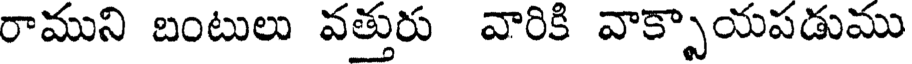
రాముని బంటులు వత్తురు వారికి వాక్పాయపడుము